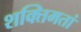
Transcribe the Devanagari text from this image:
शक्तिमतां